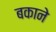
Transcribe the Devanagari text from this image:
बकाने